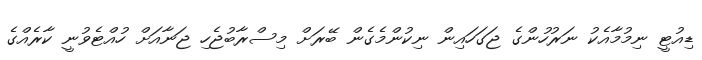
ޑިއުޓީ ނިމުމާއެކު ނަރުހުންގެ ޖަގަހައިން ނިކުންމެގެން ބޭރަށް މިސްރާބުޖެހި ޖަނާއަށް ހުއްޓެވުނީ ކާރެއްގެ